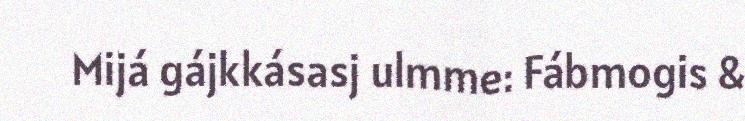
Mijá gájkkásasj ulmme: Fábmogis &